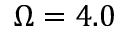
\Omega = 4 . 0